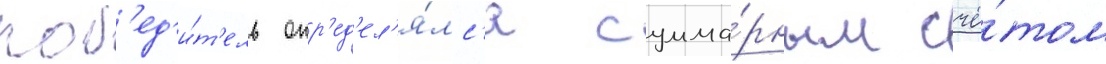
поб'ед'и́т'ель опр'ед'ел'я́лс'я сумма́рным счё́том